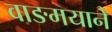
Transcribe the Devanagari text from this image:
वाङमयाने